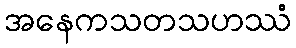
အနေကသတသဟဿံ